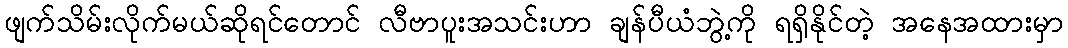
ဖျက်သိမ်းလိုက်မယ်ဆိုရင်တောင် လီဗာပူးအသင်းဟာ ချန်ပီယံဘွဲ့ကို ရရှိနိုင်တဲ့ အနေအထားမှာ